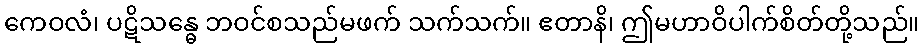
ကေဝလံ၊ ပဋိသန္ဓေ ဘဝင်စသည်မဖက် သက်သက်။ ဧတာနိ၊ ဤမဟာဝိပါက်စိတ်တို့သည်။